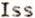
ISS